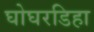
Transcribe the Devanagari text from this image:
घोघरडिहा